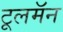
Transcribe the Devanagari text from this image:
टूलमॅन